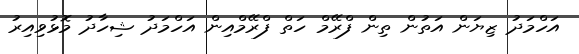
އަހްމަދު ޒިޔަން އަތުން ތިން ފްރޭމް ހަތް ފްރޭމްއިން އަހްމަދު ޝިހާދު މޮޅުވިއިރު